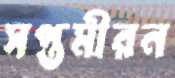
সপ্তমীরন